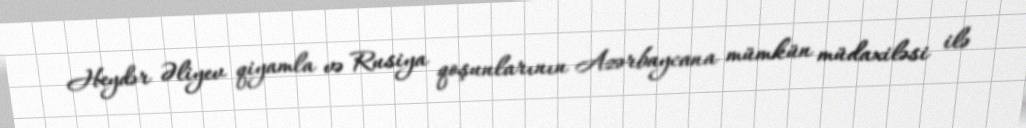
Heydər Əliyev qiyamla və Rusiya qoşunlarının Azərbaycana mümkün müdaxiləsi ilə